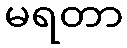
မရတာ